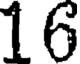
16